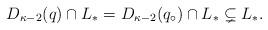
LaTeX: \begin{align*}D_{\kappa-2}(q) \cap L_\ast = D_{\kappa-2}(q_\circ) \cap L_\ast \subsetneq L_\ast.\end{align*}